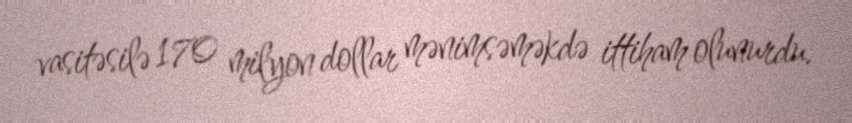
vasitəsilə 170 milyon dollar mənimsəməkdə ittiham olunurdu.